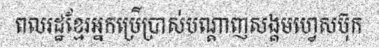
ពលរដ្ឋខ្មែរអ្នកប្រើប្រាស់បណ្តាញសង្គមហ្វេសប៊ុក